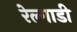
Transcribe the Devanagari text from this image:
रेल्गाडी